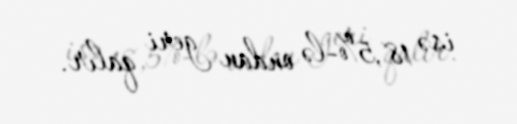
isə 18,5%-lə ondan geri qalır.